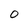
Character: 0